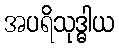
အပရိသုဒ္ဓါယ